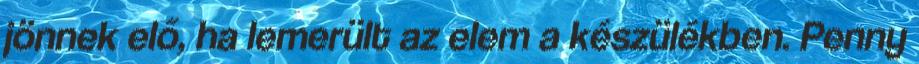
jönnek elő, ha lemerült az elem a készülékben. Penny